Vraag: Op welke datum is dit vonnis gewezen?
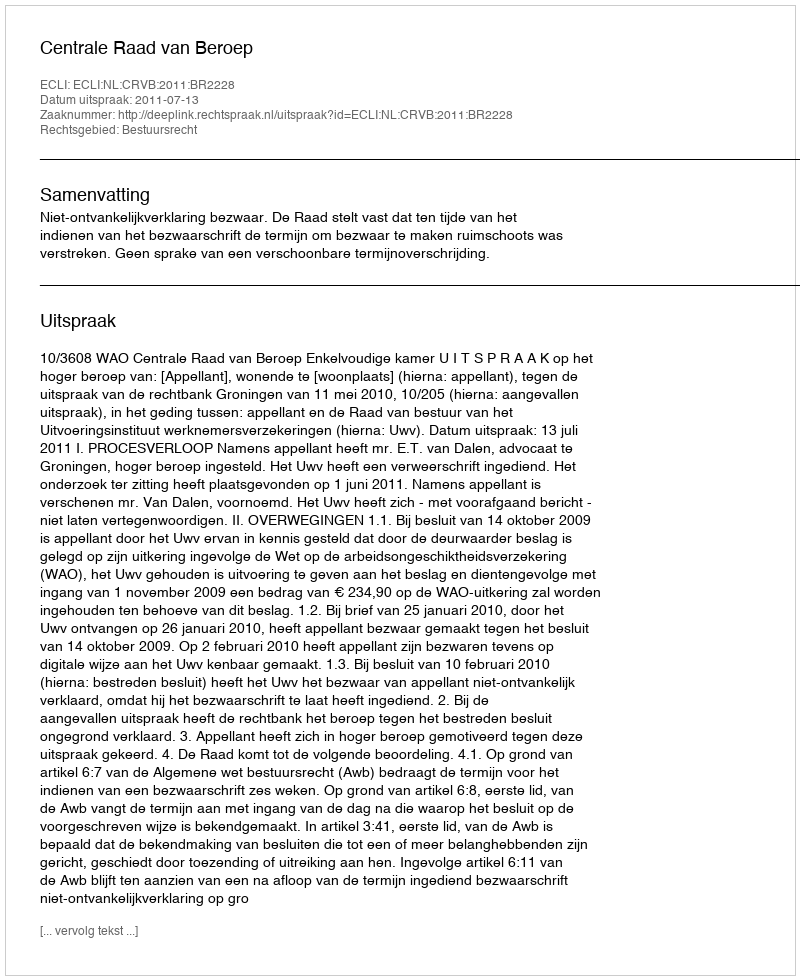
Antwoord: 2011-07-13